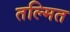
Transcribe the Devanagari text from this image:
तल्मित